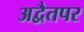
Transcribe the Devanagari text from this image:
अद्वैतपर